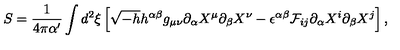
S = { \frac { 1 } { 4 \pi \alpha ^ { \prime } } } \int d ^ { 2 } \xi \left[ \sqrt { - h } h ^ { \alpha \beta } g _ { \mu \nu } \partial _ { \alpha } X ^ { \mu } \partial _ { \beta } X ^ { \nu } - \epsilon ^ { \alpha \beta } { \cal F } _ { i j } \partial _ { \alpha } X ^ { i } \partial _ { \beta } X ^ { j } \right] ,